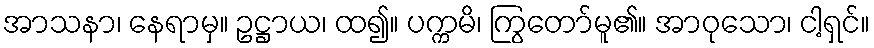
အာသနာ၊ နေရာမှ။ ဥဋ္ဌာယ၊ ထ၍။ ပက္ကမိ၊ ကြွတော်မူ၏။ အာဝုသော၊ ငါ့ရှင်။